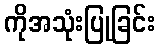
ကိုအသုံးပြုခြင်း